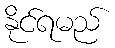
နိုင်ရမည်